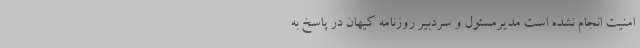
امنیت انجام نشده است مدیرمسئول و سردبیر روزنامه کیهان در پاسخ به